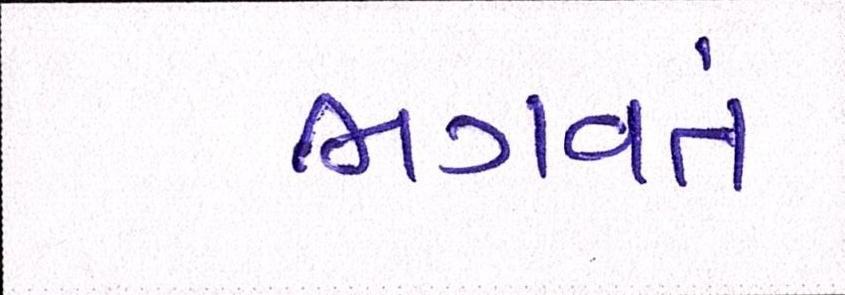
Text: ભગવતં